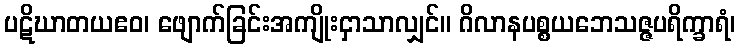
ပဋိဃာတယဧဝ၊ ဖျောက်ခြင်းအကျိုးငှာသာလျှင်။ ဂိလာနပစ္စယဘေသဇ္ဇပရိက္ခာရံ၊